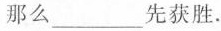
那么_____先获胜。